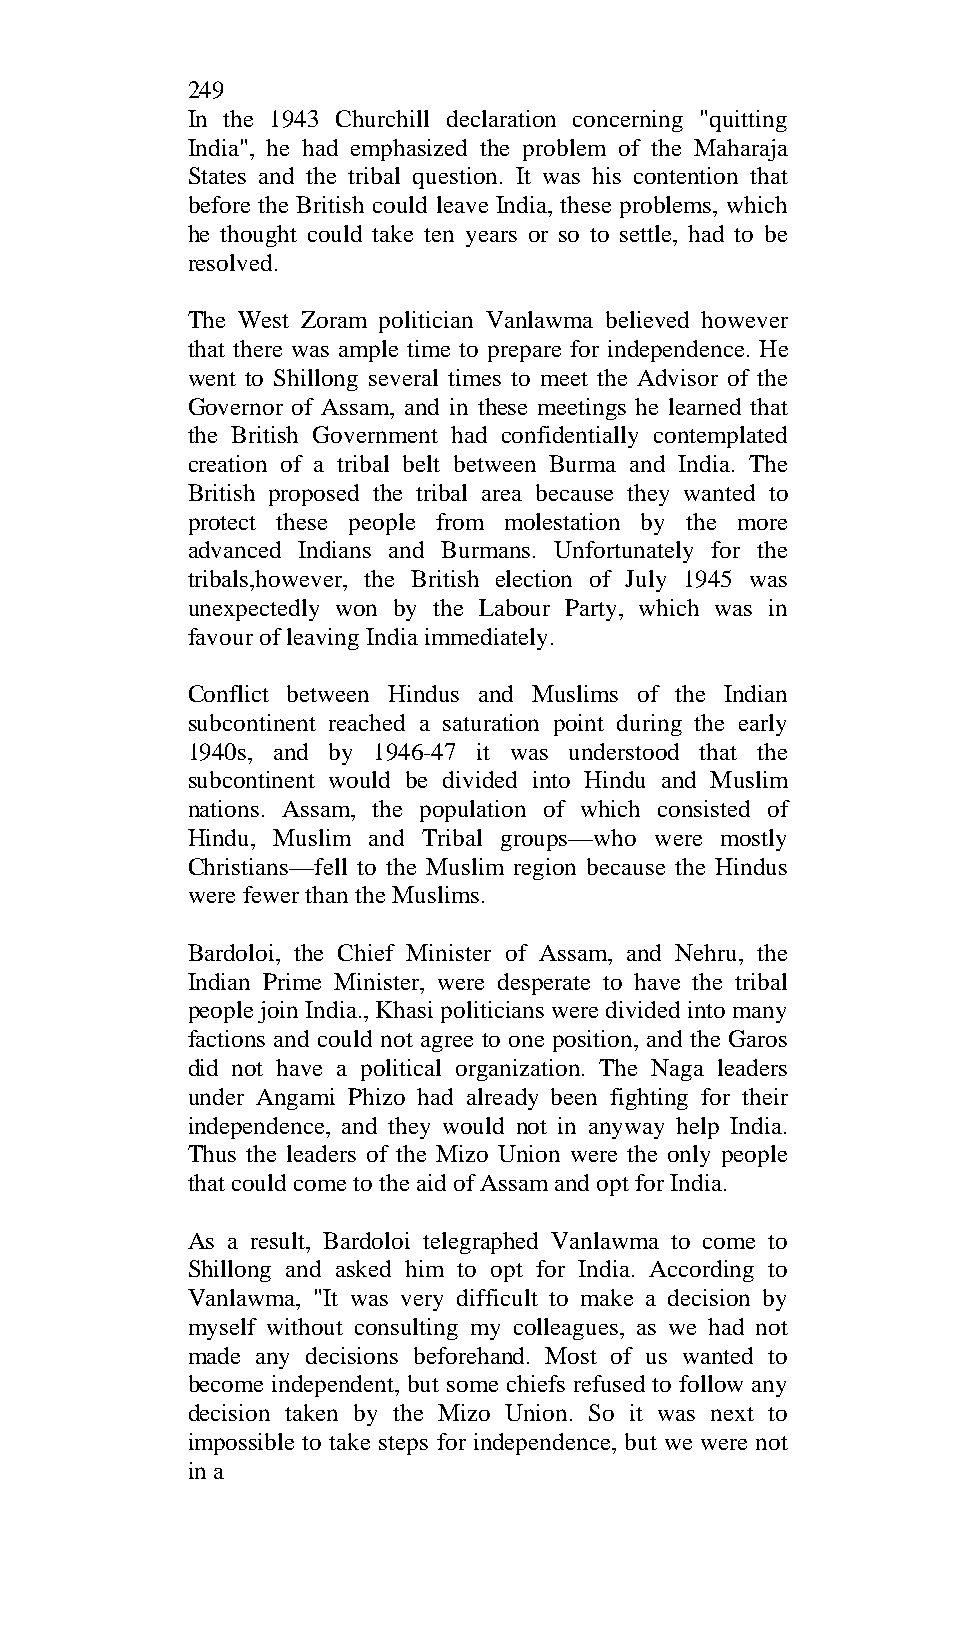
249
 In the 1943 Churchill declaration concerning "quitting
 India", he had emphasized the problem of the Maharaja
 States and the tribal question. It was his contention that
 before the British could leave India, these problems, which
 he thought could take ten years or so to settle, had to be
 resolved.
 The West Zoram politician Vanlawma believed however
 that there was ample time to prepare for independence. He
 went to Shillong several times to meet the Advisor of the
 Governor of Assam, and in these meetings he learned that
 the British Government had confidentially contemplated
 creation of a tribal belt between Burma and India. The
 British proposed the tribal area because they wanted to
 protect these people from molestation by the more
 advanced Indians and Burmans. Unfortunately for the
 tribals,however, the British election of July 1945 was
 unexpectedly won by the Labour Party, which was in
 favour of leaving India immediately.
 Conflict between Hindus and Muslims of the Indian
 subcontinent reached a saturation point during the early
 1940s, and by 1946-47 it was understood that the
 subcontinent would be divided into Hindu and Muslim
 nations. Assam, the population of which consisted of
 Hindu, Muslim and Tribal groups—who were mostly
 Christians—fell to the Muslim region because the Hindus
 were fewer than the Muslims.
 Bardoloi, the Chief Minister of Assam, and Nehru, the
 Indian Prime Minister, were desperate to have the tribal
 people join India., Khasi politicians were divided into many
 factions and could not agree to one position, and the Garos
 did not have a political organization. The Naga leaders
 under Angami Phizo had already been fighting for their
 independence, and they would not in anyway help India.
 Thus the leaders of the Mizo Union were the only people
 that could come to the aid of Assam and opt for India.
 As a result, Bardoloi telegraphed Vanlawma to come to
 Shillong and asked him to opt for India. According to
 Vanlawma, "It was very difficult to make a decision by
 myself without consulting my colleagues, as we had not
 made any decisions beforehand. Most of us wanted to
 become independent, but some chiefs refused to follow any
 decision taken by the Mizo Union. So it was next to
 impossible to take steps for independence, but we were not
 in a